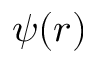
\psi ( r )